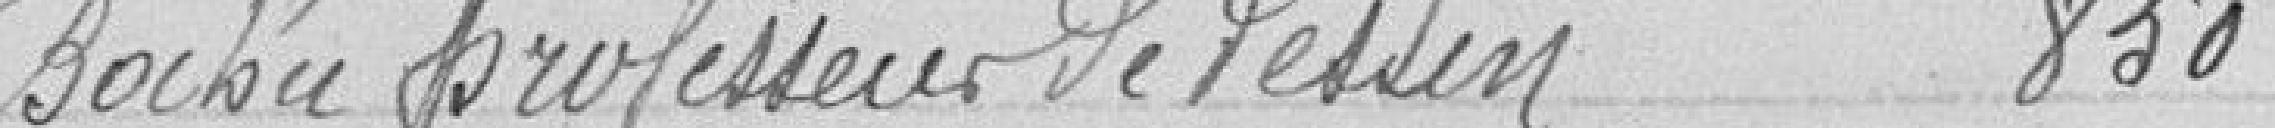
Bochu professeur de dessin 850